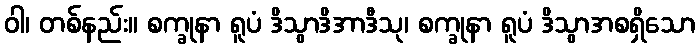
ဝါ၊ တစ်နည်း။ စက္ခုနာ ရူပံ ဒိသွာဒိအာဒီသု၊ စက္ခုနာ ရူပံ ဒိသွာအစရှိသော